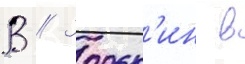
В // Зорьк'ин в